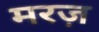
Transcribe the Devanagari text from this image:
मरज़